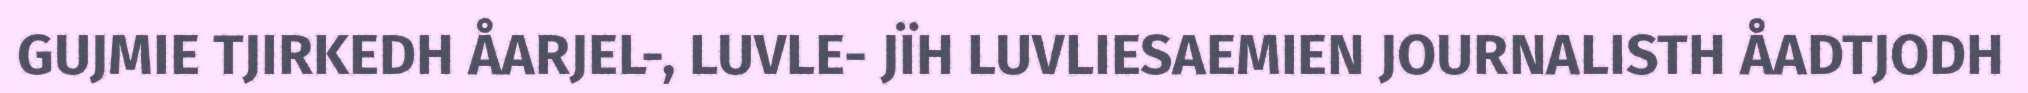
GUJMIE TJIRKEDH ÅARJEL-, LUVLE- JÏH LUVLIESAEMIEN JOURNALISTH ÅADTJODH